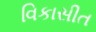
વિકાસીત